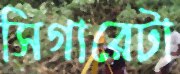
সিগারেটা